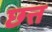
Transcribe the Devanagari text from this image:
छत्त